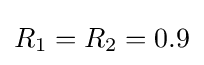
R_{1}=R_{2}=0.9